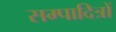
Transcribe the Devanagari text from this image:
सम्पादित्रों